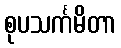
စုပသင်္ကမိတာ